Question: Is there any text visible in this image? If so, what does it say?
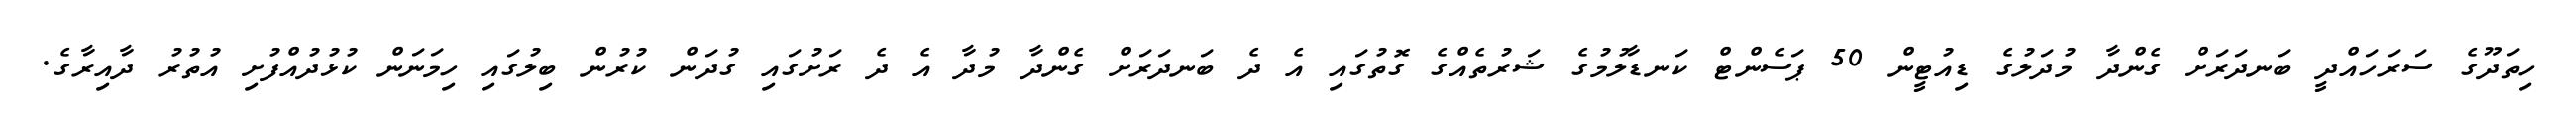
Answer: ހިތަދޫގެ ސަރަހައްދީ ބަނދަރަށް ގެންދާ މުދަލުގެ ޑިއުޓީން 50 ޕަސެންޓް ކަނޑާލުމުގެ ޝަރުތެއްގެ ގޮތުގައި އެ ދެ ބަނދަރަށް ގެންދާ މުދާ އެ ދެ ރަށުގައި ގުދަން ކުރުން ބިލުގައި ހިމަނަން ކުޅުދުއްފުށި އުތުރު ދާއިރާގެ.